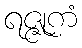
ရဇ္ဇုကံ